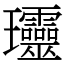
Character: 𤫩